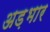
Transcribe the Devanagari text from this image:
अड़भार